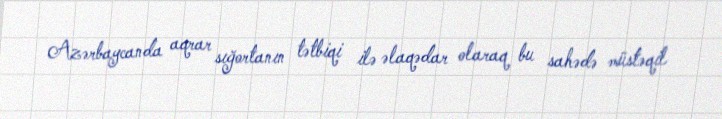
Azərbaycanda aqrar sığortanın tətbiqi ilə əlaqədar olaraq bu sahədə müstəqil